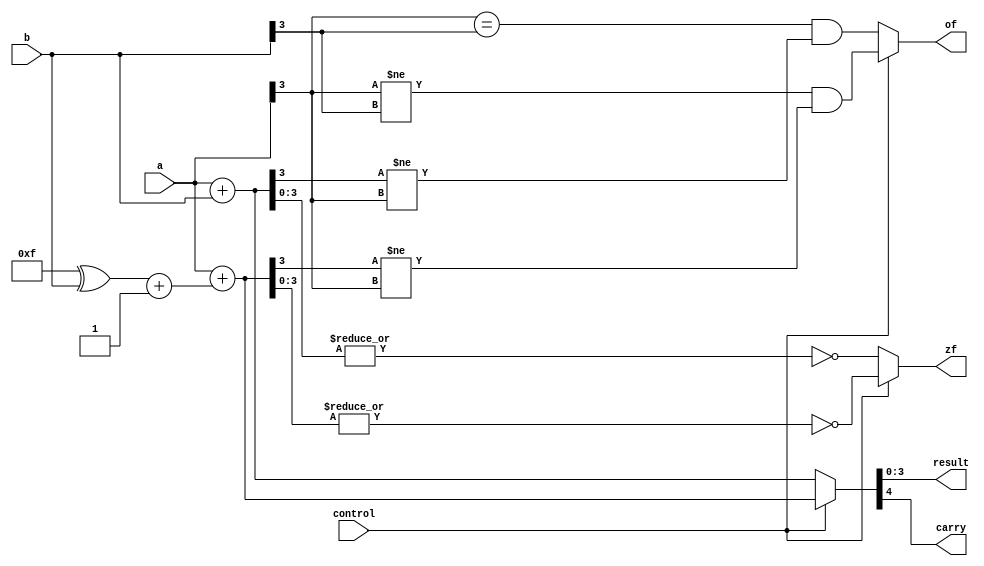
module adder(a,b,control,result,carry,zf,of);
	input [3:0] a,b;
	input control;
	output reg [3:0] result;
	output reg carry,zf,of;
	reg [3:0] t;
	always @ (*)
		if (control==0) begin
			{carry,result} = a+b;
			of = (a[3]==b[3])&&(result[3]!=a[3]);
			zf = ~(|result);
		end
		else begin
			t = ((4'b1111)^b)+1;
			{carry,result} = a+t;
			of = (a[3]!=b[3])&&(result[3]!=a[3]);
			zf = ~(|result);
		end
endmodule